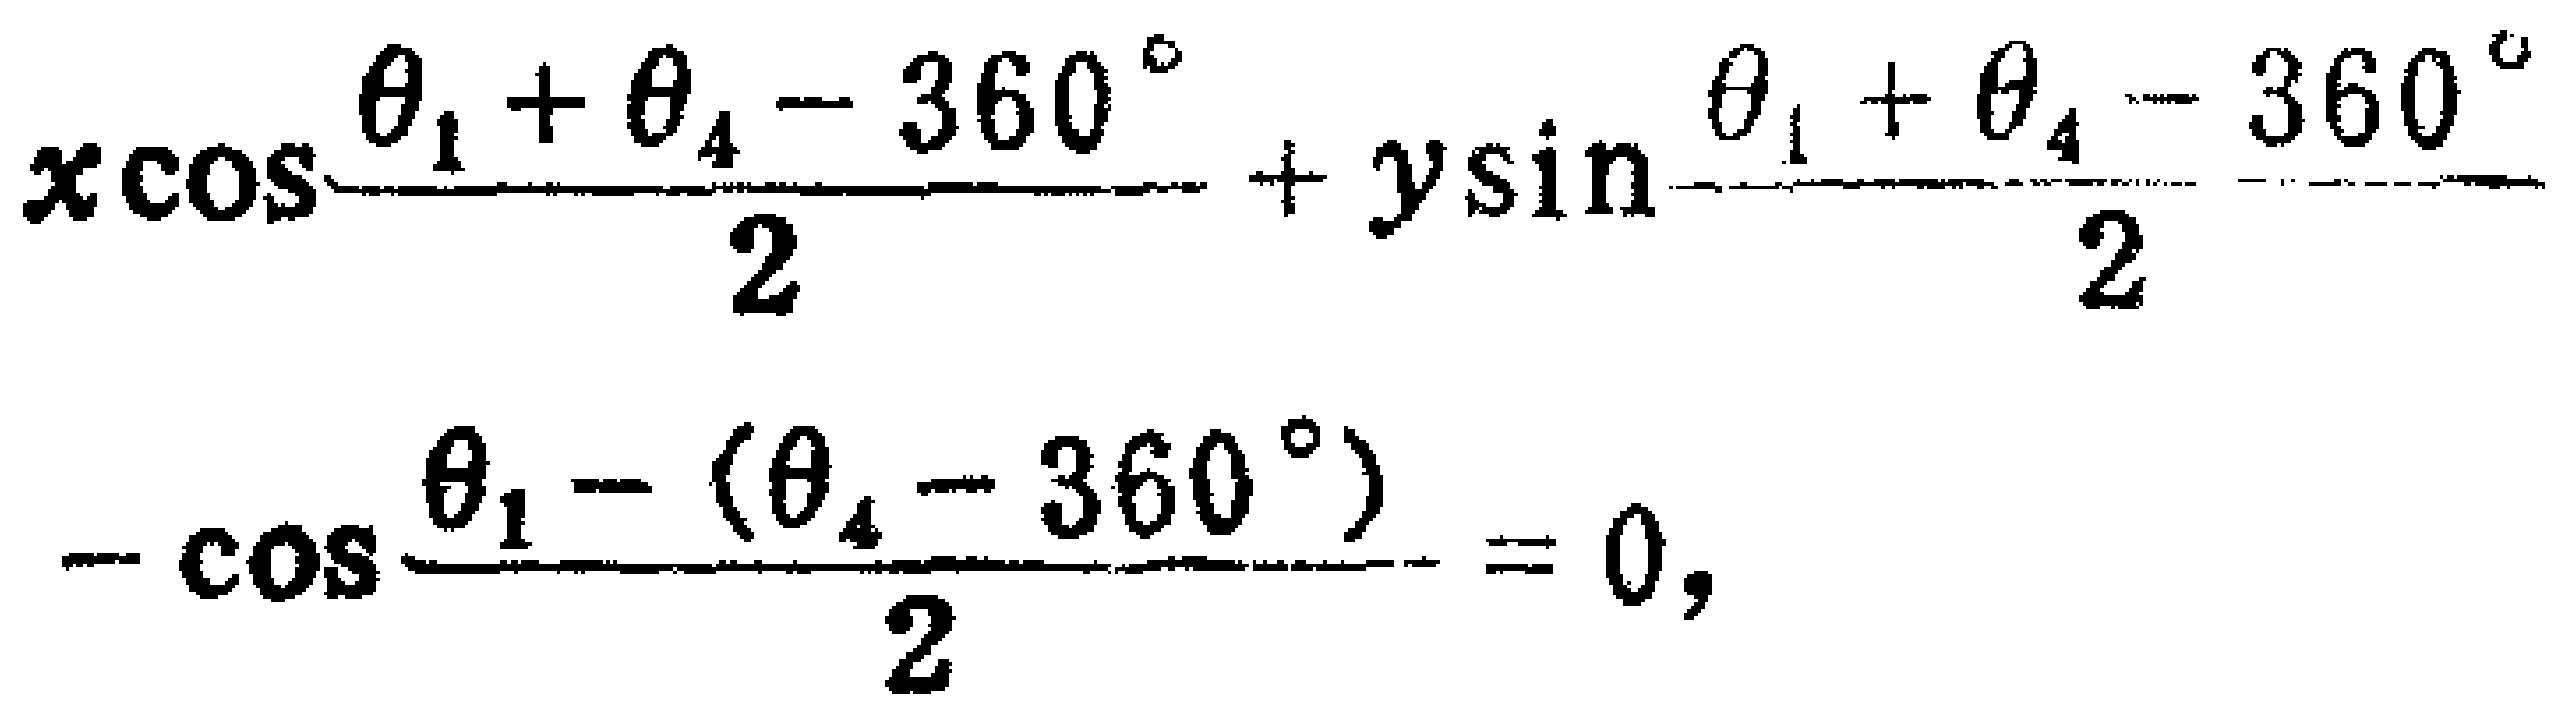
\[
x\cos\frac{\theta_{1}+\theta_{4}-360^{\circ}}{2}+y\sin\frac{\theta_{1}+\theta_{4}-360^{\circ}}{2}-\cos\frac{\theta_{1}-(\theta_{4}-360^{\circ})}{2}=0,
\]